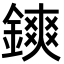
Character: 鏯